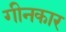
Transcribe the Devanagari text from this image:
गीनकार